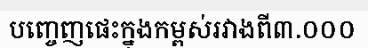
បញ្ចេញផេះក្នុងកម្ពស់រវាងពី៣.០០០